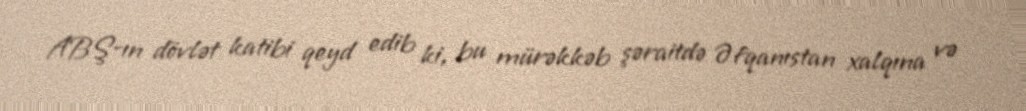
ABŞ-ın dövlət katibi qeyd edib ki, bu mürəkkəb şəraitdə Əfqanıstan xalqına və